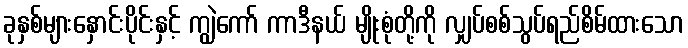
ခုနှစ်များနှောင်းပိုင်းနှင့် ကျွဲကော် ကာဒီနယ် မျိုးစုံတို့ကို လျှပ်စစ်သွပ်ရည်စိမ်ထားသော